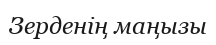
Зерденің маңызы